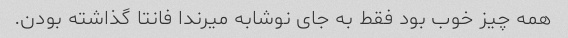
همه چیز خوب‌ بود فقط به جای نوشابه میرندا فانتا گذاشته بودن.